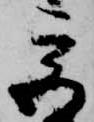
宮